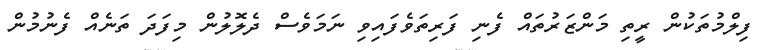
ފިލްމުތަކުން ރީތި މަންޒަރުތައް ފެނި ފަރިތަވެފައިވި ނަމަވެސް ދެލޮލުން މިފަދަ ތަނެއް ފެނުމުން